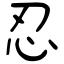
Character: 忍